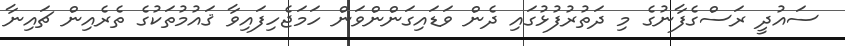
ސައުދީ ރަސްގެފާނުގެ މި ދަތުރުފުޅުގައި ދެން ވަޑައިގަންންވަން ހަމަޖެހިފައިވާ ޤައުމުތަކުގެ ތެރެއިން ޗައިނާ